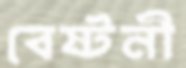
বেষ্টনী